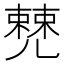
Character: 𠒹